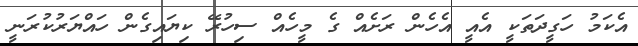
އެކަމު ހަގީދަތަކީ އެއީ އެހެން ރަށެއް ގެ މީހެއް ސިހުރޭ ކިޔައިގެން ހައްޔަރުކުރަނީ